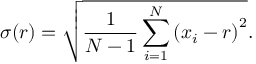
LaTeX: \sigma ( r ) = { \sqrt { { \frac { 1 } { N - 1 } } \sum _ { i = 1 } ^ { N } \left( x _ { i } - r \right) ^ { 2 } } } .